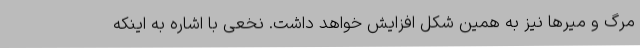
مرگ و میرها نیز به همین شکل افزایش خواهد داشت. نخعی با اشاره به اینکه